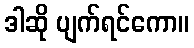
ဒါဆို ပျက်ရင်ကော။